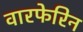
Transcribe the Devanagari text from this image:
वारफेरिन